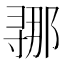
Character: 𫴲